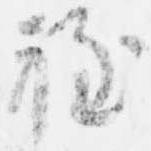
程